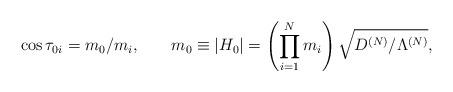
LaTeX: \begin{align*}\cos\tau_{0i}=m_0/m_i ,\hspace{8mm}m_0\equiv |H_0|=\left(\prod_{i=1}^N m_i\right)\sqrt{D^{(N)}/\Lambda^{(N)}},\end{align*}